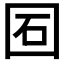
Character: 𡇈